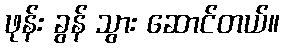
ဖုန်း ခွန် သွား ဆောင်တယ်။